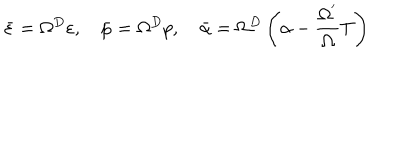
\bar { \varepsilon } = \Omega ^ { D } \varepsilon , \quad \bar { p } = \Omega ^ { D } p , \quad \bar { \alpha } = \Omega ^ { D } \left( \alpha - \frac { \Omega ^ { ^ { \prime } } } \Omega T \right)